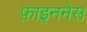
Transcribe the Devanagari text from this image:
फ़ाइननेस